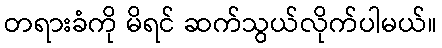
တရားခံကို မိရင် ဆက်သွယ်လိုက်ပါမယ်။